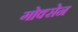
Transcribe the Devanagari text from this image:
गोक्सेन